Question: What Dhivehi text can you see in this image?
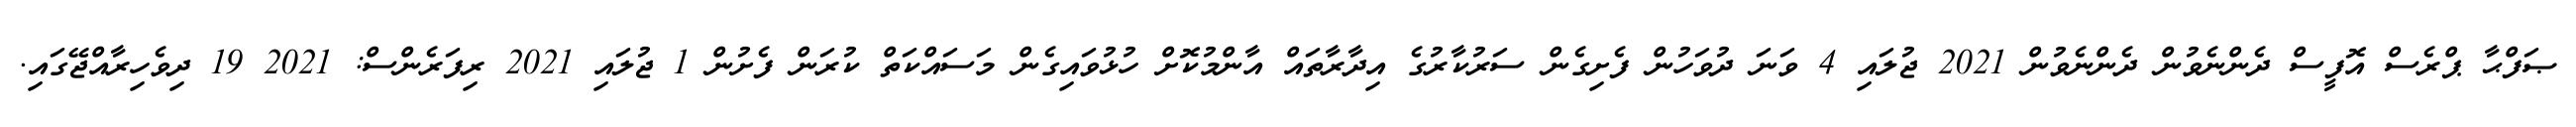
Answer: ޞަފްޙާ ޕްރެސް އޮފީސް ދެންނެވުން ދެންނެވުން 2021 ޖުލައި 4 ވަނަ ދުވަހުން ފެށިގެން ސަރުކާރުގެ އިދާރާތައް އާންމުކޮށް ހުޅުވައިގެން މަސައްކަތް ކުރަން ފެށުން 1 ޖުލައި 2021 ރިފަރެންސް: 2021 19 ދިވެހިރާއްޖޭގައި.